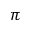
\pi